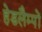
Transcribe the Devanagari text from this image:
हेडलैम्पों